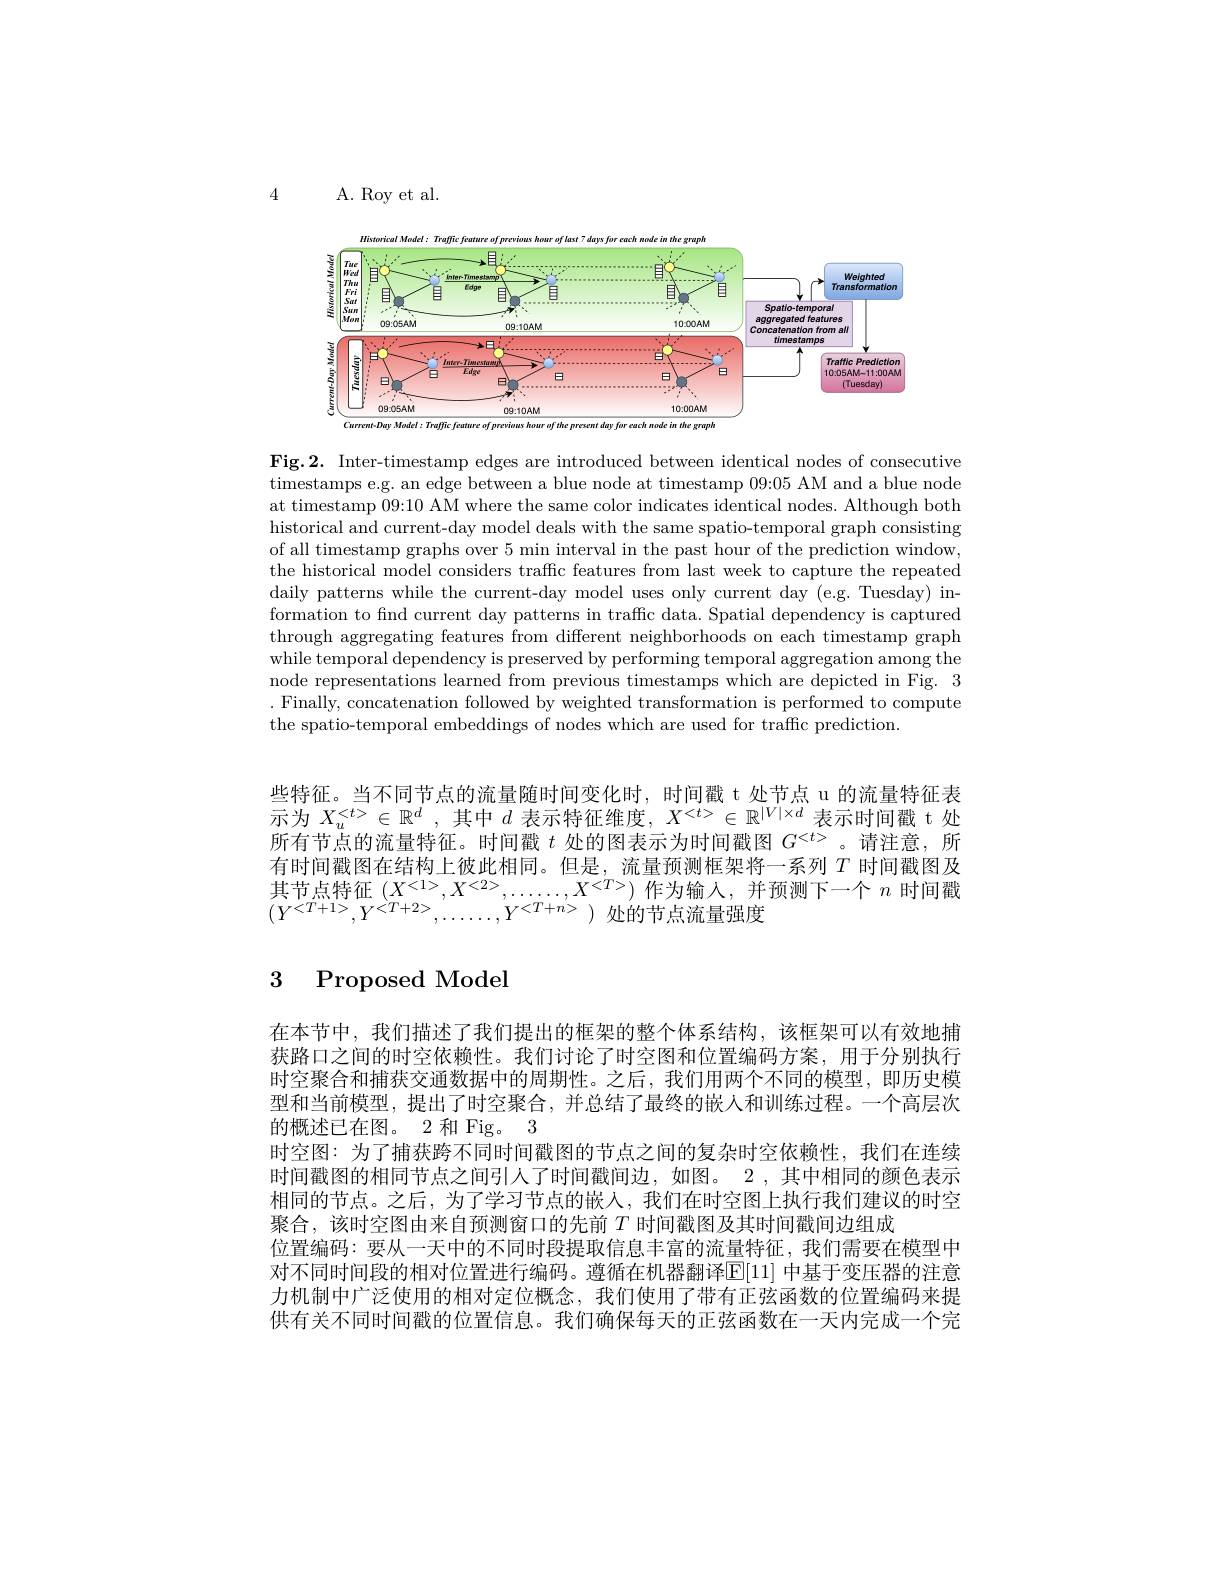
4

A. Roy et al.

<FigureHere>

Fig.2. Inter-timestamp edges are introduced between identical nodes of consecutive timestamps e.g. an edge between a blue node at timestamp 09{:}05 AM and a blue node at timestamp 09{:}10 AM where the same color indicates identical nodes. Although both historical and current-day model deals with the same spatio-temporal graph consisting of all timestamp graphs over 5 min interval in the past hour of the prediction window, the historical model considers traffic features from last week to capture the repeated daily patterns while the current-day model uses only current day (e.g. Tuesday) information to find current day patterns in traffic data. Spatial dependency is captured through aggregating features from different neighborhoods on each timestamp graph while temporal dependency is preserved by performing temporal aggregation among the node representations learned from previous timestamps which are depicted in Fig. 3 . Finally, concatenation followed by weighted transformation is performed to compute the spatio-temporal embeddings of nodes which are used for traffic prediction.

些特征。当不同节点的流量随时间变化时，时间戳 t 处节点 u 的流量特征表示为$X_u^{<t>}\in\mathbb{R}^d$,其中$d$表示特征维度$,X^<t>\in\mathbb{R}^|V|\times d$表示时间戳 t 处所有节点的流量特征。时间戳$t$ 处的图表示为时间戳图 $G^<t>$。请注意，所有时间戳图在结构上彼此相同。但是_,流量预测框架将一系列 T 时间戳图及其节点特征$(X^<1>,X^<2>,\ldots\ldots,X^{<T>})$作为输入，并预测下一个$n$时间戳$\begin{array}{l}{\text{共 时点15}}&{\text{山}}&{{,,,\ldots\ldots,,\Lambda}}\\{{(Y^{<T+1>},Y^{<T+2>},\ldots\ldots,Y^{<T+n>})}}&{{\text{处的节点流量强度}}}\\\end{array}$

## 3 Proposed Model

在本节中，我们描述了我们提出的框架的整个体系结构，该框架可以有效地捕获路口之间的时空依赖性。我们讨论了时空图和位置编码方案，用于分别执行时空聚合和捕获交通数据中的周期性。之后，我们用两个不同的模型，即历史模型和当前模型，提出了时空聚合，并总结了最终的嵌人和训练过程。一个高层次的概述已在图。2 和 Fig。3
时空图：为了捕获跨不同时间戳图的节点之间的复杂时空依赖性，我们在连续时间戳图的相同节点之间引人了时间戳间边，如图。2 , 其中相同的颜色表示相同的节点。之后，为了学习节点的嵌入，我们在时空图上执行我们建议的时空聚合，该时空图由来自预测窗口的先前$T$ 时间戳图及其时间戳间边组成
位置编码：要从一天中的不同时段提取信息丰富的流量特征，我们需要在模型中对不同时间段的相对位置进行编码。遵循在机器翻译$\mathbb{E}[11]$ 中基于变压器的注意力机制中广泛使用的相对定位概念，我们使用了带有正弦函数的位置编码来提供有关不同时间戳的位置信息。我们确保每天的正弦函数在一天内完成一个完